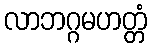
လာဘဂ္ဂမဟတ္တံ